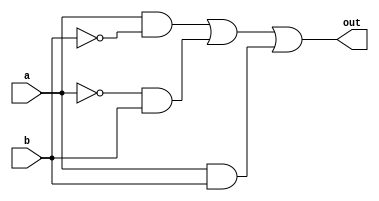
module xor_transmission_gate(
    input wire a,
    input wire b,
    output wire out
);

wire t1, t2, t3, t4;

assign t1 = a & ~b;
assign t2 = ~a & b;
assign t3 = t1 | t2;
assign t4 = t3 | (a & b);
assign out = t4;

endmodule